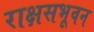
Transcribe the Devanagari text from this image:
राक्षसभूवन